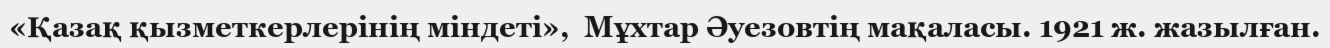
«Қазақ қызметкерлерінің міндеті»,  Мұхтар Әуезовтің мақаласы. 1921 ж. жазылған.